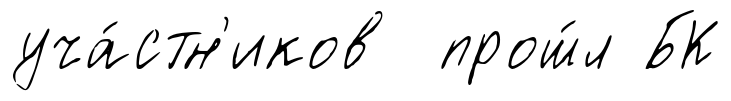
уча́стн'иков прош́л БК